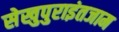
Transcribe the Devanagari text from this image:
सेखुपुराइंतजाम